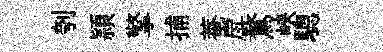
刳頴擎捕菴戽鶩峽驄